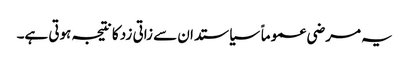
یہ مرضی عموماً سیاستدان سے زاتی زد کا نتیجہ ہوتی ہے۔